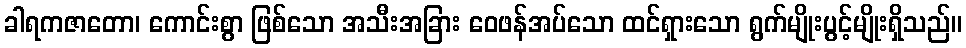
ခါရကဇာတော၊ ကောင်းစွာ ဖြစ်သော အသီးအခြား ဝေဖန်အပ်သော ထင်ရှားသော ရွက်မျိုးပွင့်မျိုးရှိသည်။